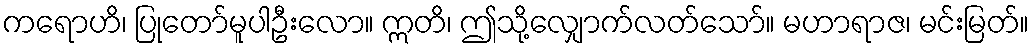
ကရောဟိ၊ ပြုတော်မူပါဦးလော။ ဣတိ၊ ဤသို့လျှောက်လတ်သော်။ မဟာရာဇ၊ မင်းမြတ်။